Indian journal of veterinary science and animal husbandry - Volumes 15-17, 1948-1951
Year: 1948
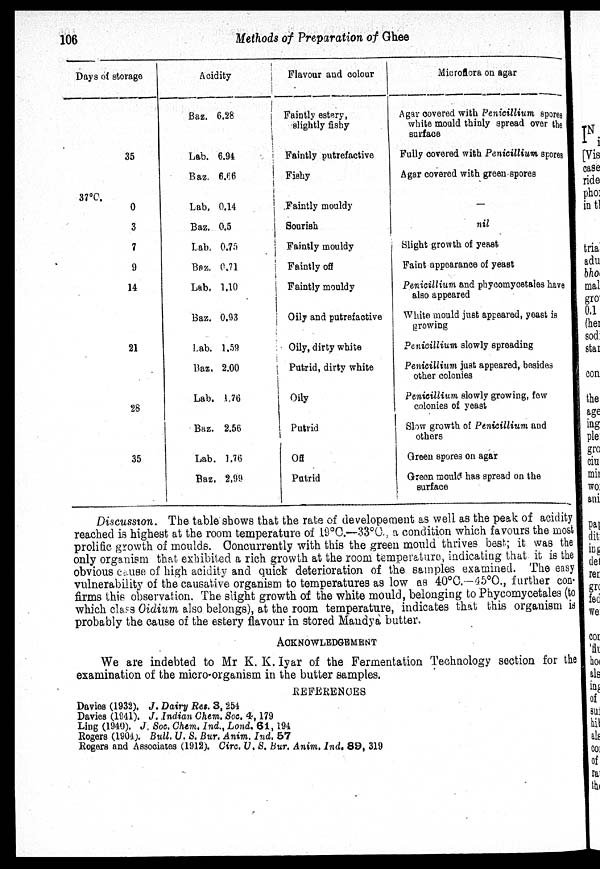
106
Methods of Preparation of Ghee
Days of storage
35
37°C.
0
3
7
9
14
21
28
35
Acidity
Baz. 6.28
Lab. 6.94
Baz. 6.66
Lab. 0.14
Baz. 0.5
Lab. 0.75
Baz. 0.71
Lab. 1.10
Baz. 0.93
Lab. 1.59
Baz. 2.00
Lab. 1.76
Baz. 2.56
Lab. 1.76
Baz. 2.99
Flavour and colour
Faintly estery,
slightly fishy
Faintly putrefactive
Fishy
Faintly mouldy
Sourish
Faintly mouldy
Faintly off
Faintly mouldy
Oily and putrefactive
Oily, dirty white
Putrid, dirty white
Oily
Putrid
Off
Putrid
Microflora on agar
Agar covered with Penicillium spores
white mould thinly spread over the
surface
Fully covered with Penicillium spores
Agar covered with green spores
—
nil
Slight growth of yeast
Faint appearance of yeast
Penicillium and phycomycetales have
also appeared
White mould just appeared, yeast is
growing
Penicillium slowly spreading
Penicillium just appeared, besides
other colonies
Penicillium slowly growing, few
colonies of yeast
Slow growth of Penicillium and
others
Green spores on agar
Green mould has spread on the
surface
Discussion. The table shows that the rate of developement as well as the peak of acidity
reached is highest at the room temperature of 19°C.—33°C., a condition which favours the most
prolific growth of moulds. Concurrently with this the green mould thrives best; it was the
only organism that exhibited a rich growth at the room temperature, indicating that it is the
obvious cause of high acidity and quick deterioration of the samples examined. The easy
vulnerability of the causative organism to temperatures as low as 40°C.—45°C., further con.
firms this observation. The slight growth of the white mould, belonging to Phycomycetales (to
which class Oidium also belongs), at the room temperature, indicates that this organism is
probably the cause of the estery flavour in stored Mandy a butter,
ACKNOWLEDGEMENT
We are indebted to Mr K. K. Iyar of the Fermentation Technology section for the
examination of the micro-organism in the butter samples.
REFERENCES
Davies (1932). J. Dairy Res. 3, 254
Davies (1941). J. Indian Chem. Soc. 4, 179
Ling (1940). J. Soc. Chem. Ind., Lond. 61, 194
Rogers (1904). Bull. U. S. Bur. Anim. Ind. 57
Rogers and Associates (1912). Circ. U. S. Bur. Anim. Ind. 89. 319